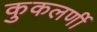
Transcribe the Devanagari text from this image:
कुकलर्णी